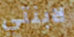
لابنتي